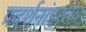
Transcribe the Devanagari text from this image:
प्रदर्शनांपुरतेच